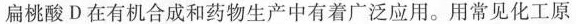
扁桃酸D在有机合成和药物生产中有着广泛应用。用常见化工原